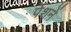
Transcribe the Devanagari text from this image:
पेंशनें